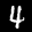
Label: 4